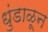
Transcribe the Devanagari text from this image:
धुंडाळून